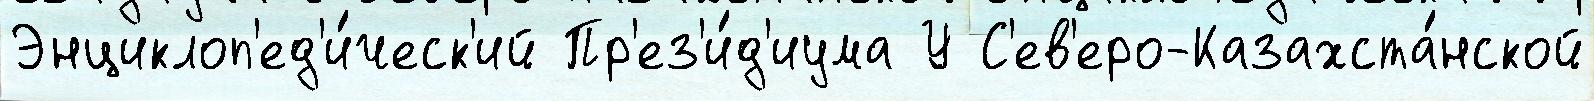
Энциклоп'ед'и́ческ'ий Пр'ез'и́д'иума У С'ев'еро-Казахста́нской